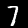
Digit: 7